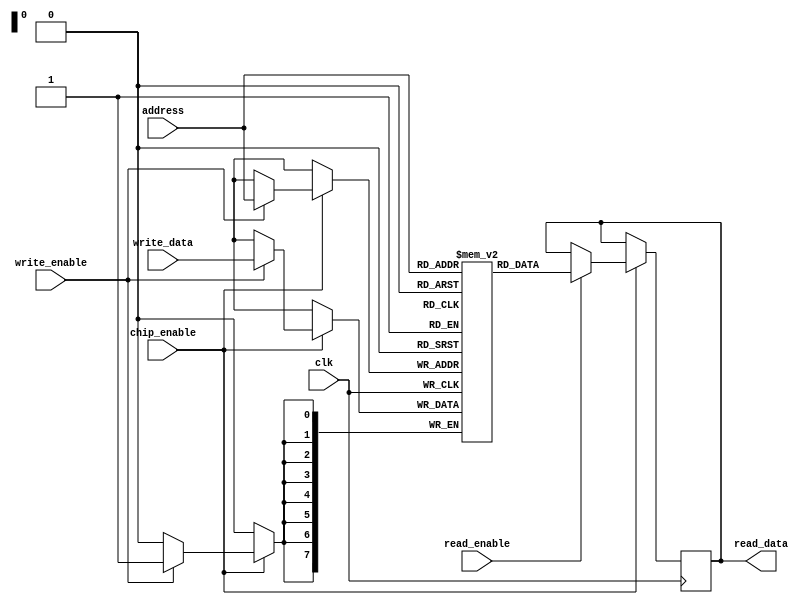
module ScratchpadMemory #(
    parameter MEM_SIZE = 256,      // Configurable memory size in bytes
    parameter WORD_WIDTH = 8        // Configurable word width in bits
)(
    input wire clk,                 // Clock signal for synchronous operation
    input wire chip_enable,         // Chip enable signal
    input wire read_enable,         // Read enable signal
    input wire write_enable,        // Write enable signal
    input wire [clog2(MEM_SIZE)-1:0] address, // Address bus
    input wire [WORD_WIDTH-1:0] write_data,   // Data to write
    output reg [WORD_WIDTH-1:0] read_data      // Data to read
);

    // Memory array declaration
    reg [WORD_WIDTH-1:0] memory_array [0:MEM_SIZE-1];

    // Read/Write logic
    always @(posedge clk) begin
        if (chip_enable) begin
            if (write_enable) begin
                memory_array[address] <= write_data; // Write data to memory
            end
            if (read_enable) begin
                read_data <= memory_array[address];  // Read data from memory
            end
        end
    end

    // Function to calculate the log base 2
    function integer clog2(input integer value);
        begin
            value = value - 1;
            for (clog2 = 0; value > 0; clog2 = clog2 + 1)
                value = value >> 1;
        end
    endfunction

endmodule